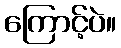
ကြောင့်ပဲ။